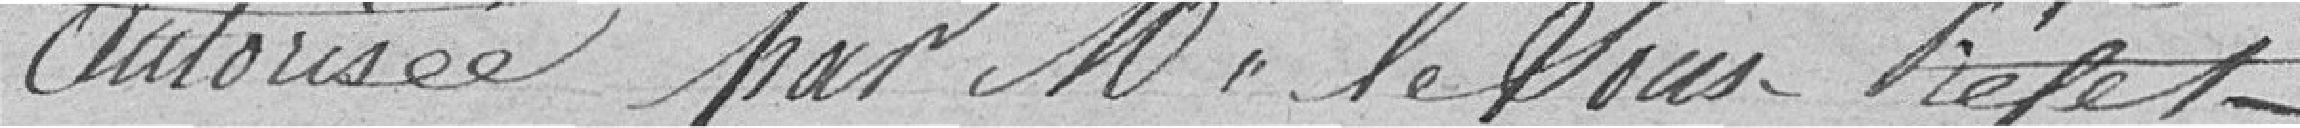
autorisée par Monsieur le Sous-Préfet